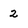
Character: 2